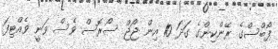
ފޯބްސްގެ ރޭންކިންގެ ގަދަ 10 އިން ޖޯޖް ސޯރޮސް ވެސް ވަނީ ވެއްޓިފަ